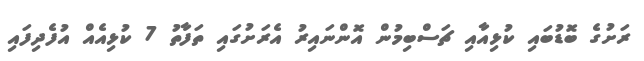
ރަށުގެ ބޮޑުބައި ކުޅިއާއި ޗަސްބިމުން އޮންނައިރު އެރަށުގައި ތަފާތު 7 ކުޅިއެއް އުފެދިފައި